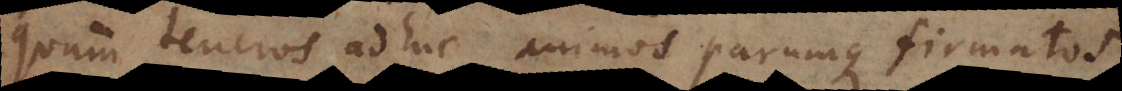
quam teneros adhuc animos parumque firmatos